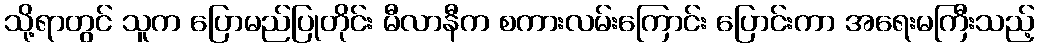
သို့ရာတွင် သူက ပြောမည်ပြုတိုင်း မီလာနီက စကားလမ်းကြောင်း ပြောင်းကာ အရေးမကြီးသည့်